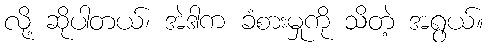
လို့ ဆိုပါတယ်၊ အဲဒါက ခံစားမှုကို သိတဲ့ အရွယ်။